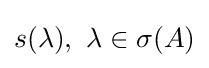
s(\lambda ),\,\,\lambda \in \sigma (A)